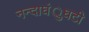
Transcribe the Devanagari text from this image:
नन्दाघंुघटी